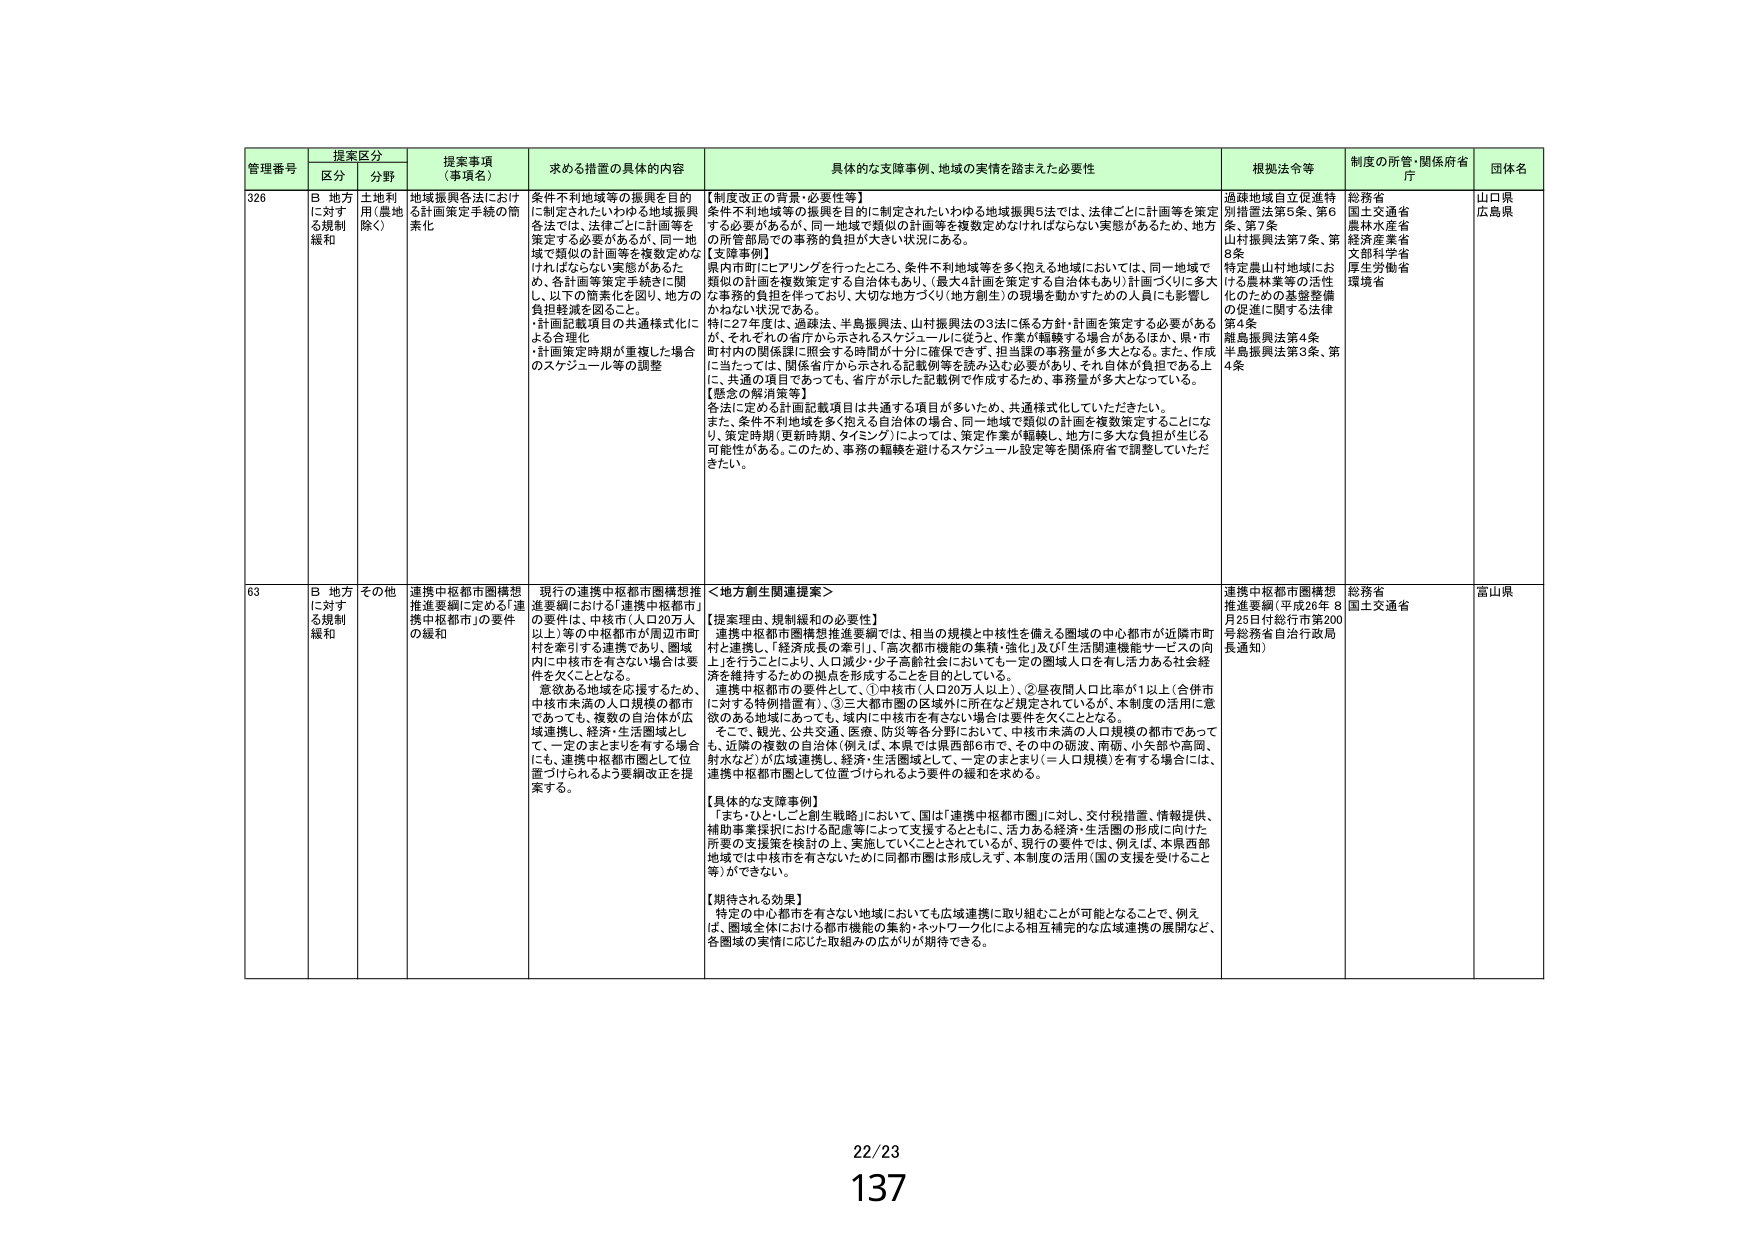
管理番号 提案区分 提案事項（事項名） 求める措置の具体的内容 具体的な支援事例、地域の実情を踏まえた必要性 根拠法令等 制度の所管・関係府省庁 団体名
区分 分野
326 B 地方に対する規制緩和 土地利用（農地除く） 地域振興各法における計画策定手続の簡素化 条件不利地域等の振興を目的に策定されたいわゆる地域振興各法では、法律ごとに計画等を策定する必要があるが、同一地域で類似の計画等を複数定めなければならない実態があるため、地方の所管部局での事務的負担が大きい状況にある。
【実情事例】
県内市町にヒアリングを行ったところ、条件不利地域等を多く抱える地域においては、同一地域で類似の計画を複数策定する自治体もあり、（最大4計画を策定する自治体もあり）計画づくりに多大な事務的負担を伴っており、大切な地方づくり（地方創生）の現場を動かすための人員にも影響しかねない状況である。
特に27年度は、過疎法、半島振興法、山村振興法の3法に係る方針・計画を策定する必要があるが、それぞれの省庁から示されるスケジュールに従うと、作業が齟齬する場合があるほか、県・市町村内の関係課に照会する時間が十分に確保できず、担当課の事務量が多大となる。また、作成に当たっては、関係省庁から示される記載例等を読み込む必要があり、それ自体が負担である上に、共通の項目があっても、省庁が示した記載例で作成するため、事務量が多大となっている。
【懸念の解消策等】
各法に定める計画記載項目は共通する項目が多いため、共通様式化していただきたい。
また、条件不利地域を多く抱える自治体の場合は、同一地域で類似の計画を複数策定することになり、策定時期（更新時期、タイミング）によっては、策定作業が齟齬し、地方に多大な負担が生じる可能性がある。このため、事務の齟齬を避けるスケジュール設定等を関係府省で調整していただきたい。
【制度改正の背景・必要性等】
条件不利地域等の振興を目的に制定されたいわゆる地域振興5法では、法律ごとに計画等を策定する必要があるが、同一地域で類似の計画等を複数定めなければならない実態があるため、地方の所管部局での事務的負担が大きい状況にある。
過疎地域自立促進特別措置法第5条、第6条、第7条
山村振興法第7条、第8条
特定農山村地域における農林業等の活性化のための基盤整備の促進に関する法律第4条
離島振興法第4条
半島振興法第3条、第4条
総務省
国土交通省
農林水産省
経済産業省
文部科学省
厚生労働省
環境省
山口県
広島県
63 B 地方に対する規制緩和 その他 連携中枢都市圏構想推進要綱に定める「連携中枢都市」の要件の緩和 現行の連携中枢都市圏構想推進要綱における「連携中枢都市」の要件は、中核市（人口20万人以上）等の中核都市が周辺市町村を牽引する連携であり、圏域内に中核市を有さない場合は要件を欠くこととなる。
意欲ある地域を応援するため、中核市未満の人口規模の都市であっても、複数の自治体が広域連携し、経済・生活圏域として、一定のまとまりを有する場合にも、連携中枢都市圏として位置づけられるよう要綱改正を提案する。
＜地方創生関連提案＞
【提案理由・規制緩和の必要性】
連携中枢都市圏構想推進要綱では、相当の規模と中核性を備える圏域の中心都市が近隣市町村と連携し、「経済成長の牽引」、「高次都市機能の集積・強化」及び「生活関連機能サービスの向上」を行うことにより、人口減少・少子高齢社会においても一定の圏域人口を有し活力ある社会経済を維持するための拠点を形成することを目的としている。
連携中枢都市の要件として、①中核市（人口20万人以上）、②昼夜間人口比率が1以上（合併市に対する特例措置有）、③三大都市圏の圏域外に所在など規定されているが、本制度の活用に意欲のある地域にあっても、域内に中核市を有さない場合は要件を欠くこととなる。
そこで、観光、公共交通、医療、防災等各分野において、中核市未満の人口規模の都市であっても、近隣の複数の自治体（例えば、本県では県西部6市で、その中の砺波、南砺、小矢部や高岡、射水など）が広域連携し、経済・生活圏域として、一定のまとまり（＝人口規模）を有する場合には、連携中枢都市圏として位置づけられるよう要件の緩和を求める。
【具体的な支援事例】
「まち・ひと・しごと創生戦略」において、国は「連携中枢都市圏」に対し、交付税措置、情報提供、補助事業採択における配慮等によって支援するとともに、活力ある経済・生活圏の形成に向けた所要の支援策を検討の上、実施していくこととされているが、現行の要件では、例えば、本県西部地域では中核市を有さないために同都市圏は形成しえず、本制度の活用（国の支援を受けること等）ができない。
【期待される効果】
特定の中心都市を有さない地域においても広域連携に取り組むことが可能となることで、例えば、圏域全体における都市機能の集約・ネットワーク化による相互補完的な広域連携の展開など、各圏域の実情に応じた取組みの広がりが期待できる。
連携中枢都市圏構想推進要綱（平成26年8月25日付総行市第200号総務省自治行政局長通知）
総務省
国土交通省
富山県
22/23
137